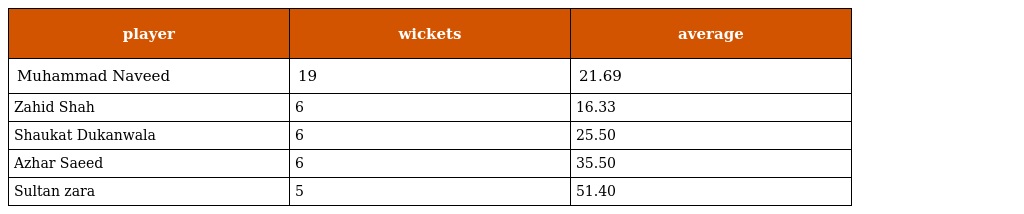
| player | wickets | average |
 | --- | --- | --- |
 | Muhammad Naveed | 19 | 21.69 |
 | Zahid Shah | 6 | 16.33 |
 | Shaukat Dukanwala | 6 | 25.50 |
 | Azhar Saeed | 6 | 35.50 |
 | Sultan zara | 5 | 51.40 |